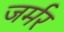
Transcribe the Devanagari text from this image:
जर्मर